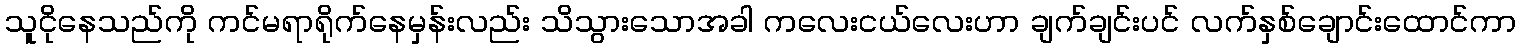
သူငိုနေသည်ကို ကင်မရာရိုက်နေမှန်းလည်း သိသွားသောအခါ ကလေးငယ်လေးဟာ ချက်ချင်းပင် လက်နှစ်ချောင်းထောင်ကာ